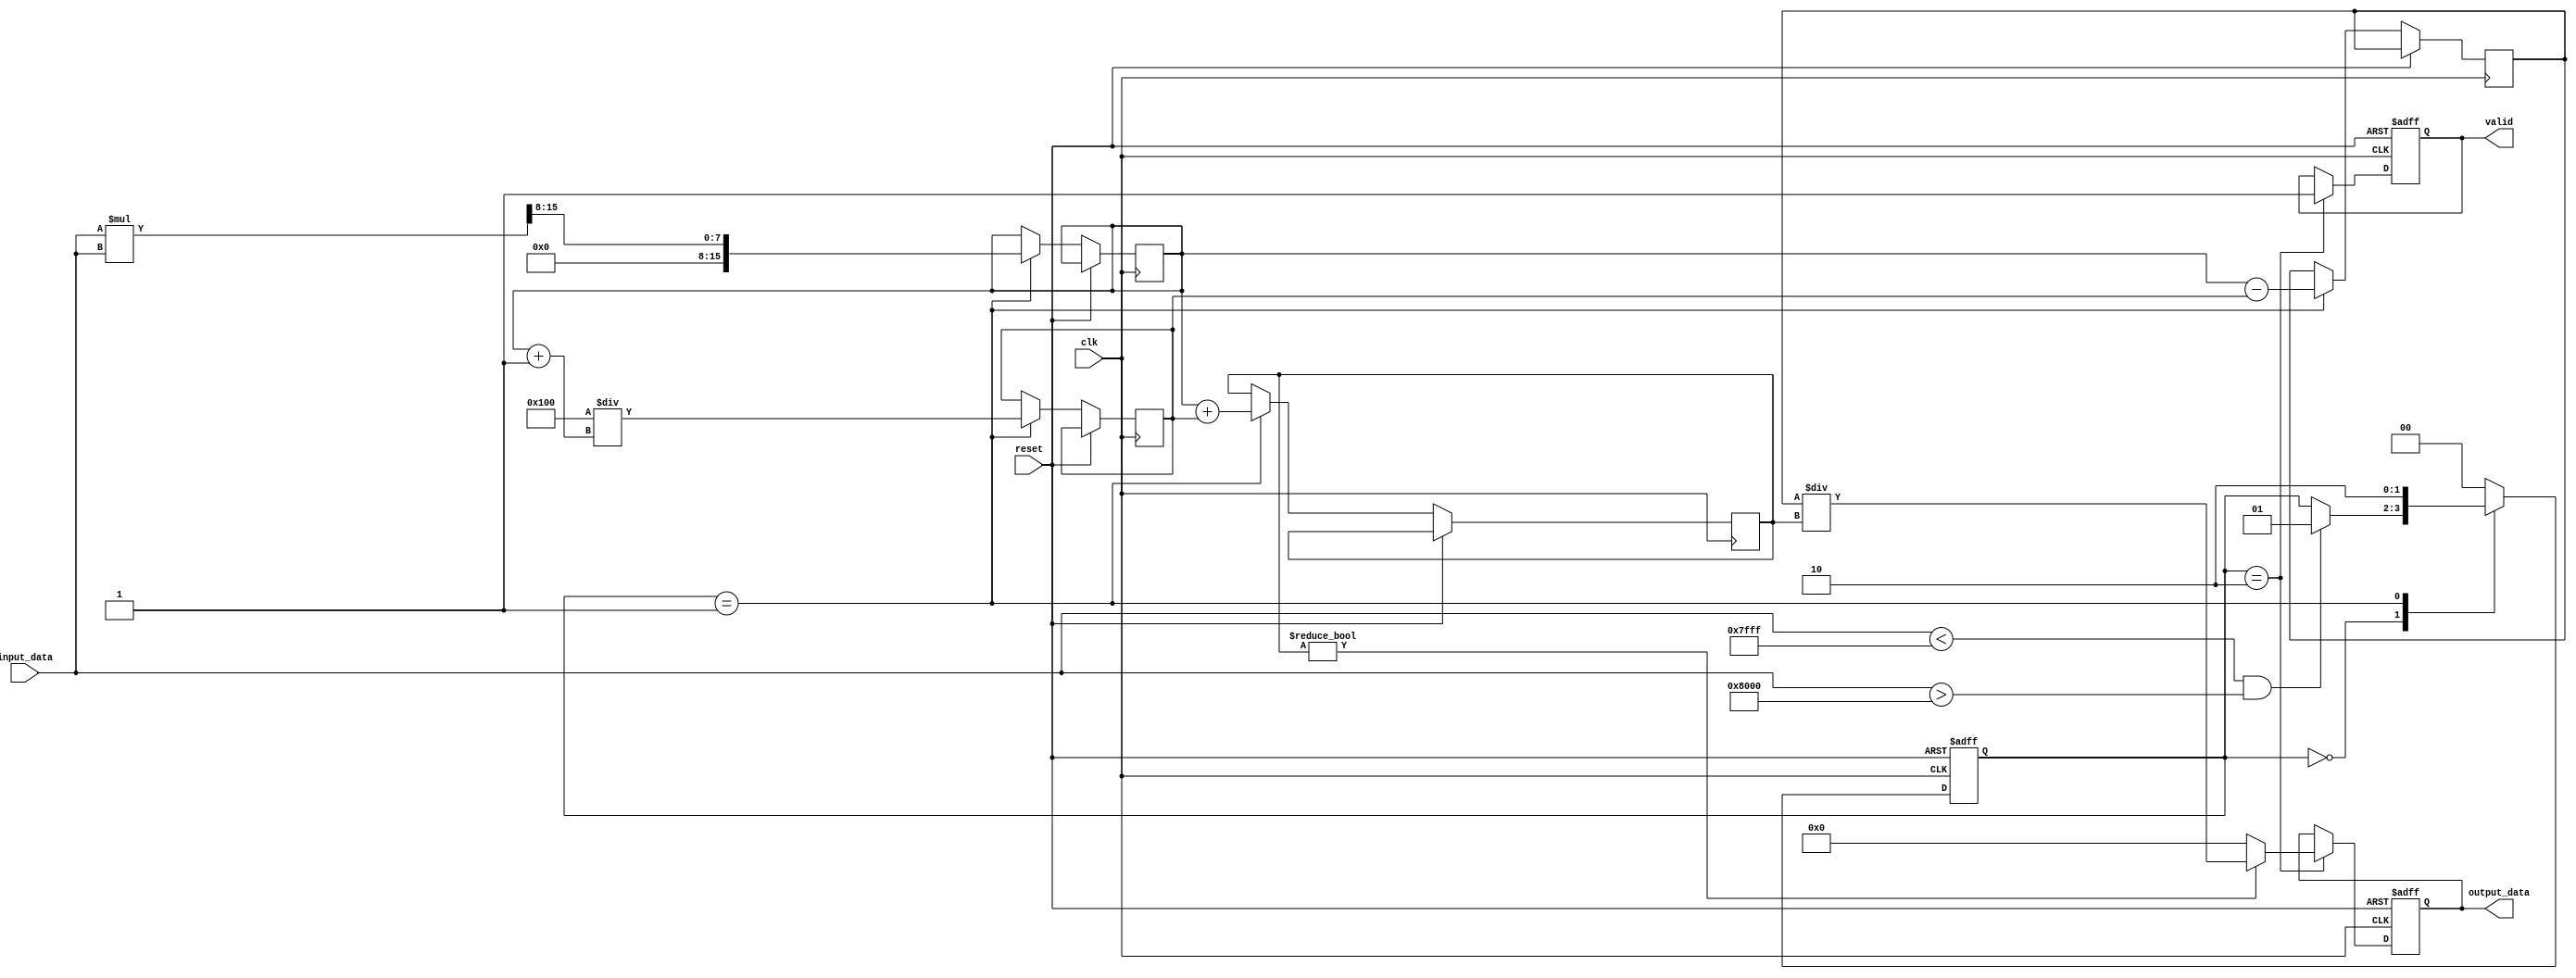
module tanh_block (
    input wire [15:0] input_data, // Fixed-point representation of the input value x
    input wire clk,                // Clock signal
    input wire reset,              // Asynchronous reset signal
    output reg [15:0] output_data, // Fixed-point representation of tanh(x)
    output reg valid               // Indicates that the output is valid
);

    // Internal parameters
    parameter FIXED_POINT_FRACTIONAL_BITS = 8; // Number of fractional bits in fixed-point representation
    parameter MAX_INPUT     = 16'h7FFF; // Maximum positive input
    parameter MIN_INPUT     = 16'h8000; // Maximum negative input

    // Internal registers
    reg [15:0] exp_x;
    reg [15:0] exp_neg_x;
    reg [15:0] numerator;
    reg [15:0] denominator;
    reg [1:0] state;
    
    // State definitions
    localparam IDLE = 2'b00,
               CALCULATE = 2'b01,
               OUTPUT = 2'b10;
    
    // State machine
    always @(posedge clk or posedge reset) begin
        if (reset) begin
            output_data <= 16'b0;
            valid <= 1'b0;
            state <= IDLE;
        end else begin
            case (state)
                IDLE: begin
                    if (input_data < MAX_INPUT && input_data > MIN_INPUT) begin
                        state <= CALCULATE;
                    end
                end
                
                CALCULATE: begin
                    // Calculate e^x and e^-x using a simple fixed-point approximation
                    // For this example, we use a basic approximation
                    exp_x <= (input_data * input_data) >> FIXED_POINT_FRACTIONAL_BITS; // e^x approximation
                    exp_neg_x <= (16'h0001 << FIXED_POINT_FRACTIONAL_BITS) / (exp_x + 16'h0001); // e^-x approximation
                    
                    // Calculate numerator and denominator
                    numerator <= exp_x - exp_neg_x;
                    denominator <= exp_x + exp_neg_x;

                    // Move to output state
                    state <= OUTPUT;
                end
                
                OUTPUT: begin
                    // Calculate tanh(x)
                    if (denominator != 16'b0) begin
                        output_data <= numerator / denominator; // Output is in fixed-point
                    end else begin
                        output_data <= 16'b0; // Handle division by zero case
                    end
                    valid <= 1'b1; // Indicate output is valid
                    state <= IDLE; // Go back to IDLE state
                end
                
                default: state <= IDLE; // Reset state in case of unknown state
            endcase
        end
    end
    
endmodule